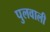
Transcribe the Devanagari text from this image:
पुलवाली